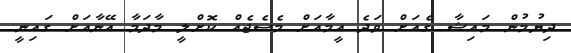
ދިޔުމުން މައިޝާ ގެއަށް ވަދެ އީމާއަށް މެސެޖެއް ކޮށްލީ މާދަމާ އޭނާއަށް ގައިނީ